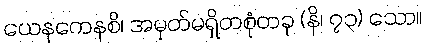
ယေနကေနစိ၊ အမှတ်မရှိတစုံတခု (နိ၊ ၇၃) သော။